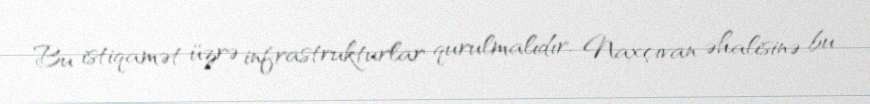
Bu istiqamət üzrə infrastrukturlar qurulmalıdır, Naxçıvan əhalisinə bu